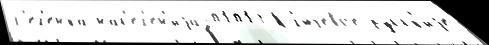
С'ел'енка нас'ел'ен'иjа201013 Кл'ючево́е ру́сск'иjе